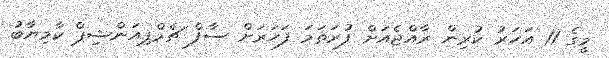
މީގެ 11 އަހަރު ކުރިން ރާއްޖެއަށް ފުރަތަމަ ފަހަރަށް ސާފް ޗެމްޕިއަންޝިޕް ކާމިޔާބު